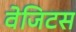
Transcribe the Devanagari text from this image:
वेजिटस